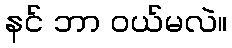
နင် ဘာ ဝယ်မလဲ။